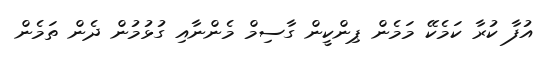
އުފާ ކުރާ ކަމެކޭ މަމެން ޕިންކީން ގާސިމް މެންނާއި ގުޅުމުން ދެން ތަމެން